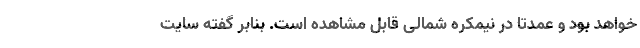
خواهد بود و عمدتا در نیمکره شمالی قابل مشاهده است. بنابر گفته سایت